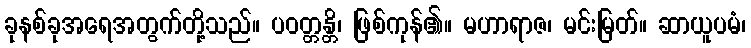
ခုနစ်ခုအရေအတွက်တို့သည်။ ပဝတ္တန္တိ၊ ဖြစ်ကုန်၏။ မဟာရာဇ၊ မင်းမြတ်။ ဆာယူပမံ၊